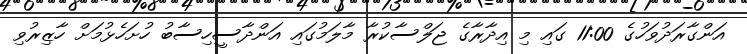
އަންގާރަދުވަހުގެ 11:00 ގައި މި އިދާރާގެ ޖަލްސާކުރާ މާލަމުގައި އަންދާސީހިސާބު ހުށަހެޅުމަށް ހާޒިރުވި